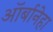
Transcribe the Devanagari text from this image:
ऑर्बानेहा